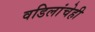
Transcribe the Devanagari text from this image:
वडिलांचेही